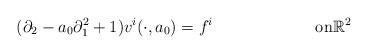
LaTeX: \begin{align*}(\partial_2 - a_0 \partial_1^2+1)v^i(\cdot, a_0) & = f^i && \textrm{on} \mathbb{R}^2\end{align*}